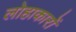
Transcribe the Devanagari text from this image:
लोहाकारों